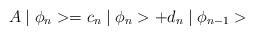
LaTeX: \begin{align*}A\mid \phi _{n}>=c_{n}\mid \phi _{n}>+d_{n}\mid \phi _{n-1}> \end{align*}